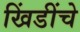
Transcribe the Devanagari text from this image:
खिंडींचे